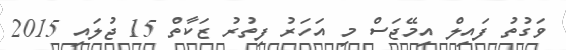
ވަގުތު ފައިލް އިމޭޖަސް މި އަހަރު ފިތުރު ޒަކާތް 15 ޖުލައި 2015